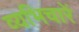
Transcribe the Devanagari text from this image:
व्यभिचारें